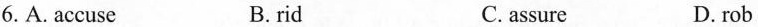
6.A.accuse B. rid C. assure D. rob